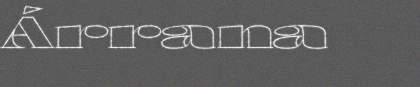
Árrana